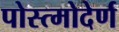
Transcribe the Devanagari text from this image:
पोस्त्मोदेर्ण